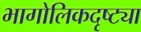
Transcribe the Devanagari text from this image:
भागोलिकदृष्ट्या